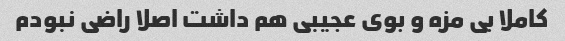
کاملا بی مزه و بوی عجیبی هم داشت اصلا راضی نبودم